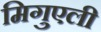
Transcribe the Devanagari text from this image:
मिगुएली